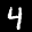
Label: 4